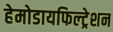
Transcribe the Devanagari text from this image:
हेमोडायफिल्ट्रेशन